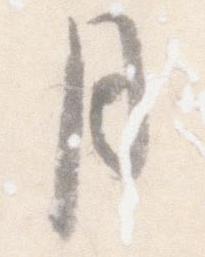
月